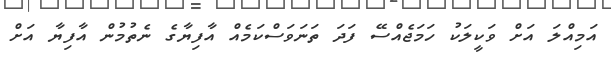
އަމިއްލަ އަށް ވަކީލަކު ހަމަޖެއްސޭ ފަދަ ތަނަވަސްކަމެއް އާފިޔާގެ ނެތުމުން އާފިޔާ އަށް